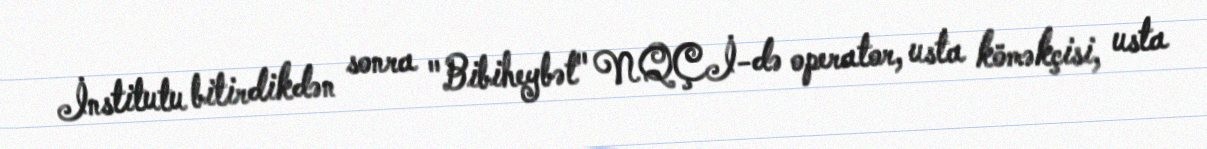
İnstitutu bitirdikdən sonra "Bibiheybət" NQÇİ-də operator, usta köməkçisi, usta